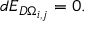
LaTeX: d E _ { D \Omega _ { i , j } } = 0 .